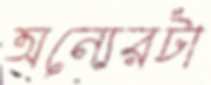
অন্যেরটা